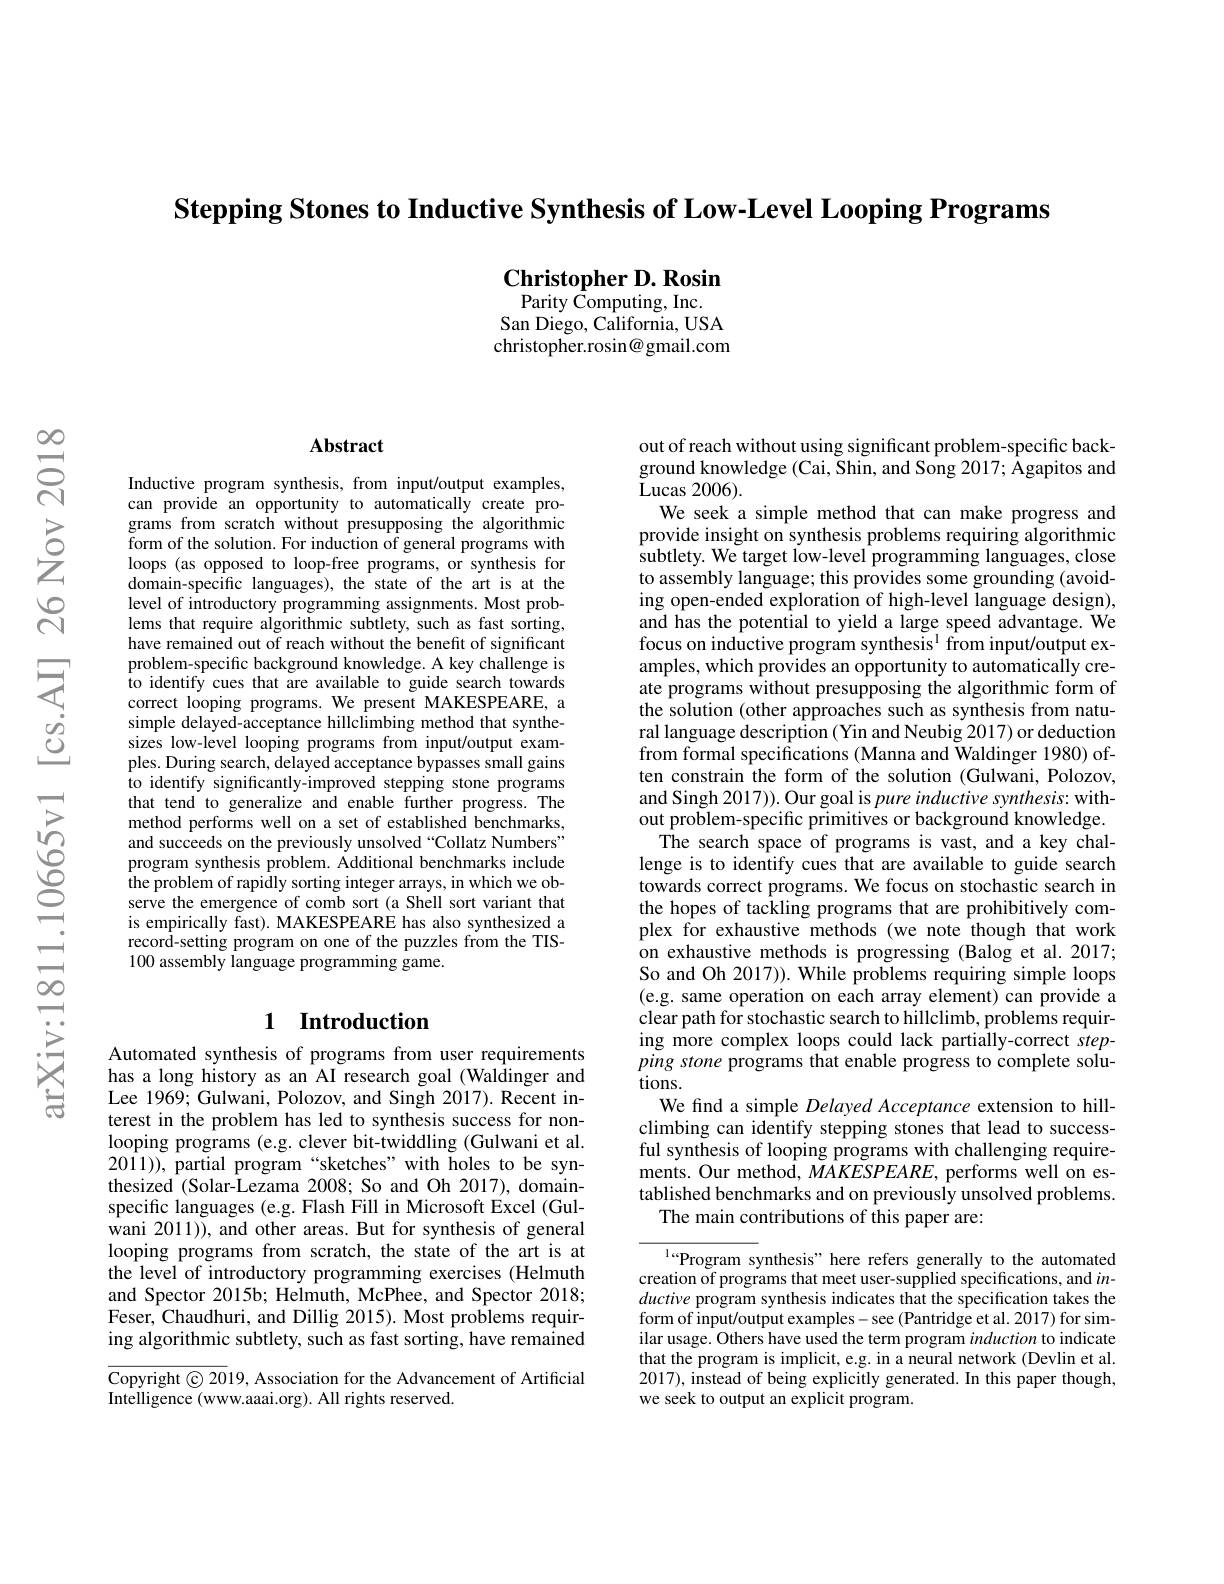
Stepping Stones to Inductive Synthesis of Low-Level Looping Programs

$\textbf{Christopher D. Rosin}$ ${\mathrm{Parity~\bar{C}omputing,Inc.}}$

San Diego, California, USA christopher.rosin@gmail.com

$స్లి$

## Abstract

Inductive program synthesis, from input/output examples, can provide an opportunity to automatically create programs from scratch without presupposing the algorithmic form of the solution. For induction of general programs with loops (as opposed to loop-free programs, or synthesis for domain-specific languages), the state of the art is at the level of introductory programming assignments. Most problems that require algorithmic subtlety, such as fast sorting, have remained out of reach without the benefit of significant problem-specific background knowledge. A key challenge is to identify cues that are available to guide search towards correct looping programs. We present MAKESPEARE, a simple delayed-acceptance hillclimbing method that synthesizes low-level looping programs from input/output examples. During search, delayed acceptance bypasses small gains to identify significantly-improved stepping stone programs that tend to generalize and enable further progress. The method performs well on a set of established benchmarks, and succeeds on the previously unsolved “Collatz Numbers” program synthesis problem. Additional benchmarks include the problem of rapidly sorting integer arrays, in which we observe the emergence of comb sort (a Shell sort variant that is empirically fast). MAKESPEARE has also synthesized a record-setting program on one of the puzzles from the TIS- 100 assembly language programming game.

# 1 Introduction

Automated synthesis of programs from user requirements has a long history as an AI research goal (Waldinger and Lee 1969; Gulwani, Polozov, and Singh 2017). Recent interest in the problem has led to synthesis success for nonlooping programs (e.g. clever bit-twiddling (Gulwani et al. 2011)), partial program“sketches”with holes to be synthesized (Solar-Lezama 2008; So and Oh 2017), domainspecific languages (e.g. Flash Fill in Microsoft Excel (Gul- $\hat{\text{wani 2011)), and other areas. But for synthesis of general}}$ looping programs from scratch, the state of the art is at the level of introductory programming exercises (Helmuth and Spector 2015b; Helmuth, McPhee, and Spector 2018; Feser, Chaudhuri, and Dillig 2015). Most problems requiring algorithmic subtlety, such as fast sorting, have remained

Copyright © 2019, Association for the Advancement of Artificial
Intelligence (www.aaai.org). All rights reserved.

out of reach without using significant problem-specific background knowledge (Cai, Shin, and Song 2017; Ågapitos and Lucas 2006) .
We seek a simple method that can make progress and provide insight on synthesis problems requiring algorithmic ${\mathrm{subtlety.~We~target~low-level~programming~languages,~close}}$ to assembly language; this provides some grounding (avoiding open-ended exploration of high-level language design), and has the potential to yield a large speed advantage. We focus on inductive program synthesis$^{\mathrm{l}}$ from input/output examples, which provides an opportunity to automatically create programs without presupposing the algorithmic form of the solution (other approaches such as synthesis from natural language description (Yin and Neubig 2017) or deduction from formal specifications (Manna and Waldinger 1980) often constrain the form of the solution (Gulwani, Polozov, and Singh 2017)). Our goal is pure inductive synthesis: without problem-specific primitives or background knowledge. The search space of programs is vast, and a key chal-
lenge is to identify cues that are available to guide search towards correct programs. We focus on stochastic search in the hopes of tackling programs that are prohibitively complex for exhaustive methods (we note though that work on exhaustive methods is progressing (Balog et al.2017; So and Oh 2017)). While problems requiring simple loops (e.g. same operation on each array element) can provide a clear path for stochastic search to hillclimb, problems requiring more complex loops could lack partially-correct stepping stone programs that enable progress to complete solutions.
We find a simple Delayed Acceptance extension to hillclimbing can identify stepping stones that lead to successful synthesis of looping programs with challenging requirements. Our method, MAKESPEARE, performs well on es- tablished benchmarks and on previously unsolved problems.
The main contributions of this paper are:
${\frac{1....\mathrm{Program~s}}{\text{ynthesis" here refers generally to the automated}}{\mathrm{ations~and~in}}}$

creation of programs that meet user-supplied specifications, and $in$- ductive program synthesis indicates that the specification takes the form of input/output examples-see (Pantridge et al. 2017) for similar usage. Others have used the term program induction to indicate that the program is implicit, e.g. in a neural network (Devlin et al. 2017), instead of being explicitly generated. In this paper though, we seek to output an explicit program.